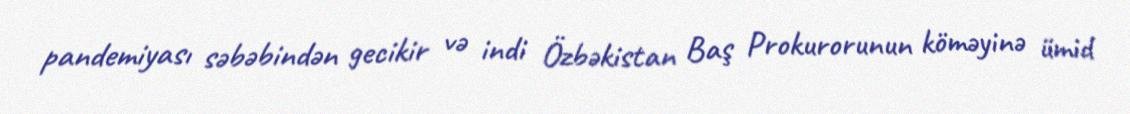
pandemiyası səbəbindən gecikir və indi Özbəkistan Baş Prokurorunun köməyinə ümid